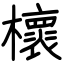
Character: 櫰